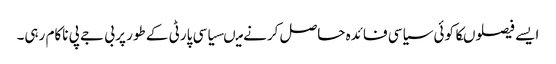
ایسے فیصلوںکا کوئی سیاسی فائدہ حاصل کرنے میںسیاسی پارٹی کے طور پر بی جے پی ناکام رہی۔